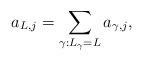
LaTeX: \begin{align*} a_{L, j} = \sum_{\gamma: L_{\gamma}= L} a_{\gamma, j}, \end{align*}